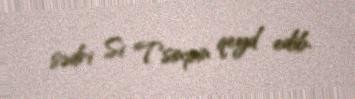
sədri Si Tsinpin qeyd edib.